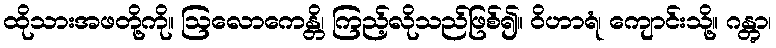
ထိုသားအဖတို့ကို။ ဩလောကေန္တိ၊ ကြည့်လိုသည်ဖြစ်၍။ ဝိဟာရံ၊ ကျောင်းသို့။ ဂန္တွာ၊